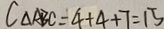
C _ { \Delta A B C } = 4 + 4 + 7 = 1 5